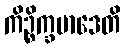
ကိဉ္စိက္ခမာဒေတိ